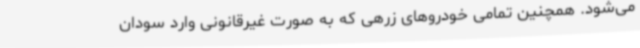
می‌شود. همچنین تمامی خودروهای زرهی که به صورت غیرقانونی وارد سودان